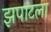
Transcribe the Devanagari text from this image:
झपाटला